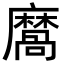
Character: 𪎩